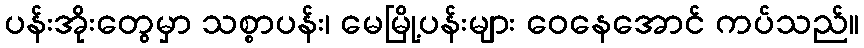
ပန်းအိုးတွေမှာ သစ္စာပန်း၊ မေမြို့ပန်းများ ဝေနေအောင် ကပ်သည်။